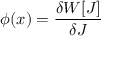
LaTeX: \phi ( x ) = { \frac { \delta W [ J ] } { \delta J } }